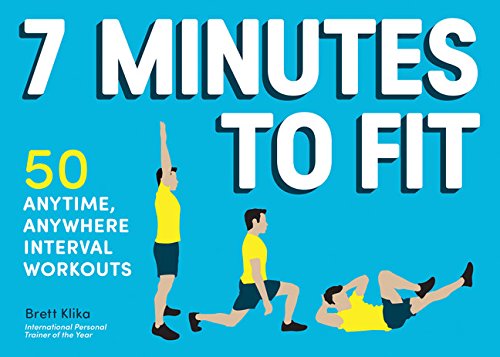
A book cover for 7 Minutes to Fit: 50 Anytime, Anywhere Interval Workouts; Brett Klika; Health, Fitness & Dieting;